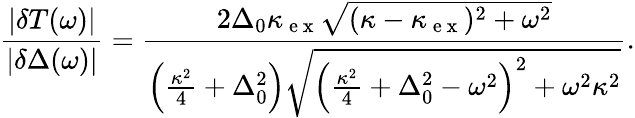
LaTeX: \frac{|\delta T(\omega)|}{|\delta\Delta(\omega)|}=\frac{2\Delta_{0}\kappa_{\mathrm{~e~x~}}\sqrt{(\kappa-\kappa_{\mathrm{~e~x~}})^{2}+\omega^{2}}}{\left(\frac{\kappa^{2}}{4}+\Delta_{0}^{2}\right)\sqrt{\left(\frac{\kappa^{2}}{4}+\Delta_{0}^{2}-\omega^{2}\right)^{2}+\omega^{2}\kappa^{2}}}.